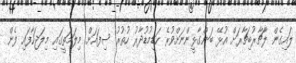
ލައިގެން ލާޗާރުބިޗާރަށް އުޅޭ ބަންގާޅީންނަށްވުރެ ހަޑިމުޑުދާރު ހުތުރު ސިފައަށް މިލަމަތީގައި މިލަޖަހާފައި ފެން